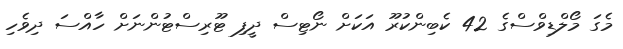
މެގަ މޯލްޑިވްސްގެ 42 ކެބިންކުރޫ އަކަށް ނޯޓިސް ދީފި ޓޫރިސްޓުންނަށް ހާއްސަ ދިވެހި